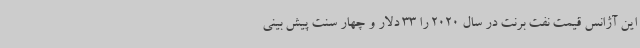
این آژانس قیمت نفت برنت در سال 2020 را 33 دلار و چهار سنت پیش بینی